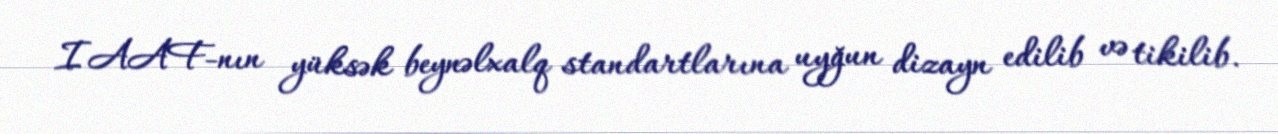
IAAF-nın yüksək beynəlxalq standartlarına uyğun dizayn edilib və tikilib.